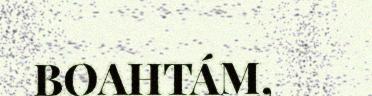
BOAHTÁM,